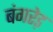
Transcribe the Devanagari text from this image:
बंगरेड़